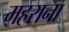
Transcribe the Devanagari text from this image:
महराना